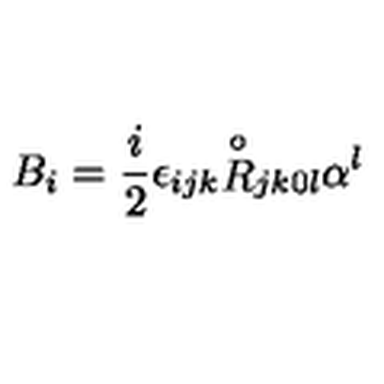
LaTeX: { B } _ { i } = \frac { i } { 2 } \epsilon _ { i j k } { \stackrel { \circ } { R } } _ { j k 0 l } \alpha ^ { l }